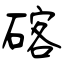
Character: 碦